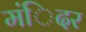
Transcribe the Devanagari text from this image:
मंिदर